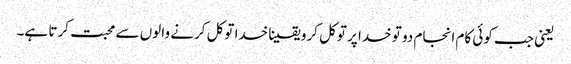
‌ یعنی جب کوئی کام انجام دو تو خدا پر توکل کرو یقینا خدا توکل کرنے والوں سے محبت کرتا ہے۔